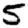
Digit: 5